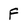
Character: F